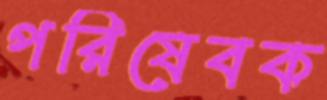
পরিষেবক